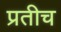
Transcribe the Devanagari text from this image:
प्रतीच